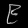
Digit: ၉